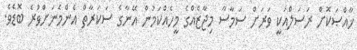
ޚާއްޞަކޮށް ރަސަލްއަކީ ވަރަށް ސަމާސާ މިޖާޒެއްގެ މީހެއްކަމުން އޭނާގެ ސަކަރާތް އެންމެނަށްވުރެ ބޮޑެވެ.